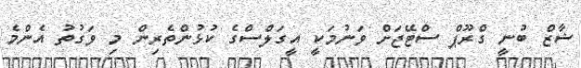
ޝާޒް ބުނީ ގްރޫޕް ސްޓޭޖަށް ވަނުމަކީ އީގަލްސްގެ ކުޅުންތެރިން މި ވަގުތު އެންމެ